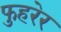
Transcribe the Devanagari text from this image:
फुहरेर